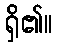
ရှိ၏။